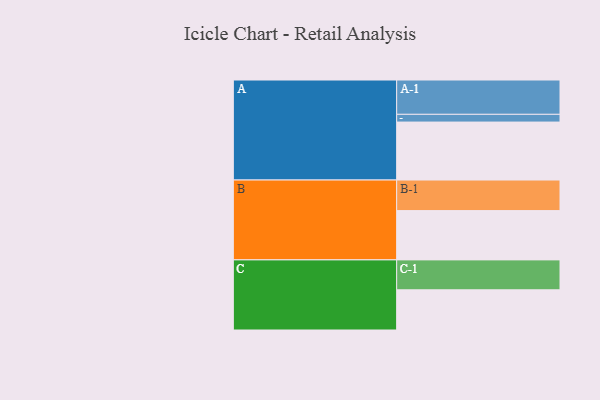
{"axis": {"x": "Segment", "y": "Value"}, "legend": ["", "A", "B", "C"], "data": [{"x": "A", "y": 434, "type": ""}, {"x": "B", "y": 369, "type": ""}, {"x": "C", "y": 301, "type": ""}, {"x": "A-1", "y": 257, "type": "A"}, {"x": "A-2", "y": 58, "type": "A"}, {"x": "B-1", "y": 229, "type": "B"}, {"x": "C-1", "y": 224, "type": "C"}]}